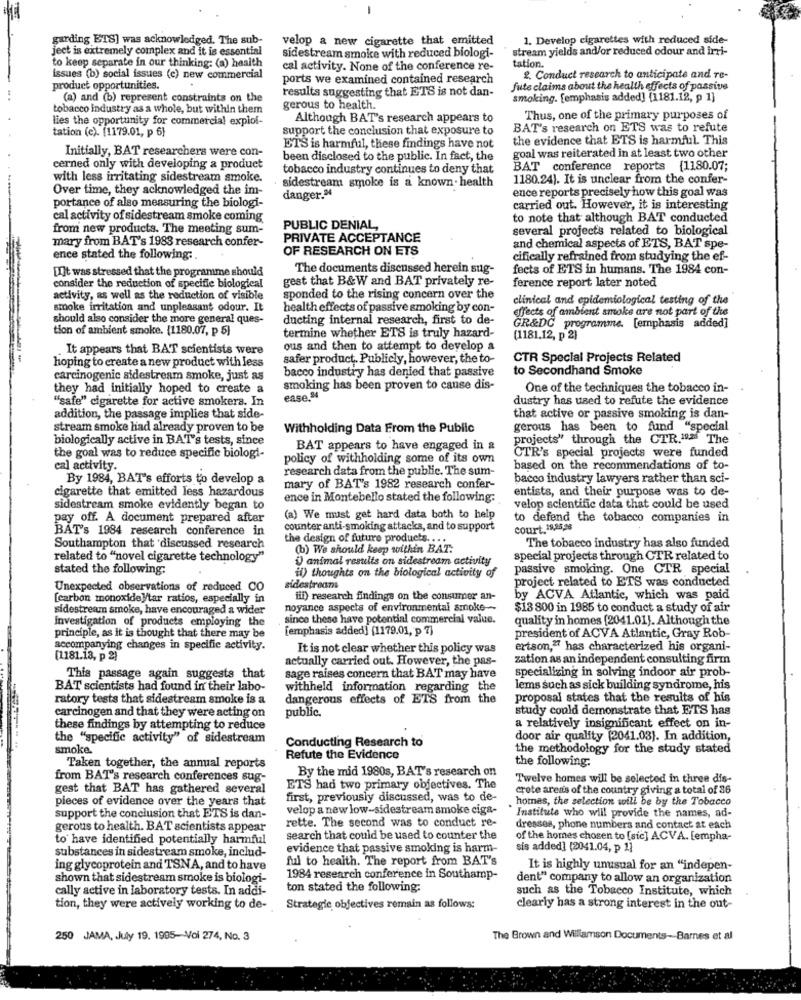
garding ETS] was acknowledged. The sub-
velop a new cigarette that emitted
1. Develop cigarettes with reduced side-
ject is extremely complex and it is essential
stream yields and/or reduced odour and irri-
sidestream smoke with reduced biologi-
to keep separate in our thinking: (a) health
cal activity. None of the conference re-
tation.
issues (b) social issues (c) new commercial
ports we examined contained research
2. Conduct research to anticipate and re-
product opportunities.
results suggesting that ETS is not dan-
fute claims about the health effects of passive
(a) and (b) represent constraints on the
smoking. [emphasis added] (1181.12, p 1]
tobacco industry as a whole, but within them
gerous to health.
lies the opportunity for commercial exploi-
Although BAT's research appears to
Thus, one of the primary purposes of
tation (e). [1179.01, p 6}
support the conclusion that exposure to
BAT's research on ETS was to refute
the evidence that ETS is harmful. This
Initially, BAT researchers were con-
ETS is harmful, these findings have not
been disclosed to the public. In fact, the
goal was reiterated in at least two other
cerned only with developing a product
tobacco industry continues to deny that
BAT conference reports {1180.07;
with less irritating sidestream smoke.
sidestream smoke is a known. health
1180.24). It is unclear from the confer-
Over time, they acknowledged the im-
ence reports precisely how this goal was
danger."
portance of also measuring the biologi-
carried out. However, it is interesting
cal activity of sidestream smoke coming
to note that although BAT conducted
from new products. The meeting sum-
PUBLIC DENIAL,
several projects related to biological
mary from BAT's 1983 research confer-
PRIVATE ACCEPTANCE
OF RESEARCH ON ETS
and chemical aspects of ETS, BAT spe-
ence stated the following:
cifically refrained from studying the ef-
[I]t was stressed that the programme should
The documents discussed herein sug-
fects of ETS in humans. The 1984 con-
gest that B&W and BAT privately re-
consider the reduction of specific biological
ference report later noted
activity, as well as the reduction of visible
sponded to the rising concern over the
clinical and epidemiological testing of the
smoke irritation and unpleasant odour. It
health effects of passive smoking by con-
effects of ambient smoke are not part of the
should also consider the more general ques-
ducting internal research, first to de-
tion of ambient smoke. (1180.07, p 5)
GR&DC programme. [emphasis added]
termine whether ETS is truly hazard-
(1181.12, p 2)
. It appears that BAT scientists were
ous and then to attempt to develop a
safer product. Publicly, however, the to-
CTR Special Projects Related
hoping to create a new product with less
bacco industry has denied that passive
to Secondhand Smoke
carcinogenic sidestream smoke, just as
they had initially hoped to create a
smoking has been proven to cause dis-
One of the techniques the tobacco in-
"safe" cigarette for active smokers. In
ease."
dustry has used to refute the evidence
addition, the passage implies that side-
that active or passive smoking is dan-
stream smoke had already proven to be
Withholding Data From the Public
gerous has been to fund "special
biologically active in BAT's tests, since
projects" through the CTR.19.25 The
BAT appears to have engaged in &
the goal was to reduce specific biologi-
policy of withholding some of its own
CTR's special projects were funded
cal activity.
research data from the public. The sum-
based on the recommendations of to-
By 1984, BAT's efforts to develop a
bacco industry lawyers rather than sci-
cigarette that emitted less hazardous
mary of BAT's 1982 research confer-
entists, and their purpose was to de-
ence in Montebello stated the following:
sidestream smoke evidently began to
velop scientific data that could be used
pay off. A document prepared after
(a) We must get hard data both to help
to defend the tobacco companies in
BAT's 1984 research conference in
counter anti-smoking attacks, and to support
court.19,25,28
the design of future products ....
Southampton that discussed research
(b) We should keep within BAT.
The tobacco industry has also funded
related to "novel cigarette technology"
i animal results on sidestream activity
special projects through CTR related to
stated the following:
passive smoking. One CTR special
il) thoughts on the biological activity of
project related to ETS was conducted
Unexpected observations of reduced CO
sidestream
[carbon monoxide ]/tar ratios, especially in
iii) research findings on the consumer an-
by ACVA Atlantic, which was paid
sidestream smoke, have encouraged a wider
noyance aspects of environmental smoke --
$13 800 in 1985 to conduct a study of air
Investigation of products employing the
since these have potential commercial value.
quality in homes [2041.01}. Although the
principle, as it is thought that there may be
[emphasis added) (1179.01, p 7)
president of ACVA Atlantic, Gray Rob-
accompanying changes in specific activity.
It is not clear whether this policy was
ertson,27 has characterized his organi-
(1181.13, p 2)
actually carried out. However, the pas-
zation as an independent consulting firm
specializing in solving indoor air prob-
This passage again suggests that
sage raises concern that BAT may have
BAT scientists had found in their labo-
withheld information regarding the
lems such as sick building syndrome, his
ratory tests that sidestream smoke is a
dangerous effects of ETS from the
proposal states that the results of his
carcinogen and that they were acting on
public.
study could demonstrate that ETS has
these findings by attempting to reduce
a relatively insignificant effect on in-
the "specific activity" of sidestream
Conducting Research to
door air quality (2041.03). In addition,
smoke.
the methodology for the study stated
Refute the Evidence
the following.
Taken together, the annual reports
By the mid 1980s, BAT's research on
from BAT's research conferences sug-
Twelve homes will be selected in three dis-
gest that BAT has gathered several
ETS had two primary objectives. The
crete ares's of the country giving a total of 36
pieces of evidence over the years that
first, previously discussed, was to de-
homes, the selection will be by the Tobacco
velop a new low-sidestream smoke ciga-
support the conclusion that ETS is dan-
rette. The second was to conduct re-
* Institute who will provide the names, ad-
gerous to health. BAT scientists appear
dresses, phone numbers and contact at each
to have identified potentially harmful
search that could be used to counter the
of the homes chosen to [sic] ACVA. [empha-
substances in sidestream smoke, includ-
evidence that passive smoking is harm-
sis added] (2041.04, p 1]
ful to health. The report from BAT's
ing glycoprotein and TSNA, and to have
It is highly unusual for an "indepen-
shown that sidestream smoke is biologi-
1984 research conference in Southamp-
dent" company to allow an organization
cally active in laboratory tests. In addi-
ton stated the following:
such as the Tobacco Institute, which
tion, they were actively working to de-
Strategic objectives remain as follows:
clearly has a strong interest in the out-
250 JAMA, July 19. 1995-Voi 274, No. 3
The Brown and Williamson Documents- Barnes et al